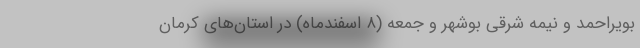
بویراحمد و نیمه شرقی بوشهر و جمعه (۸ اسفندماه) در استان‌های کرمان